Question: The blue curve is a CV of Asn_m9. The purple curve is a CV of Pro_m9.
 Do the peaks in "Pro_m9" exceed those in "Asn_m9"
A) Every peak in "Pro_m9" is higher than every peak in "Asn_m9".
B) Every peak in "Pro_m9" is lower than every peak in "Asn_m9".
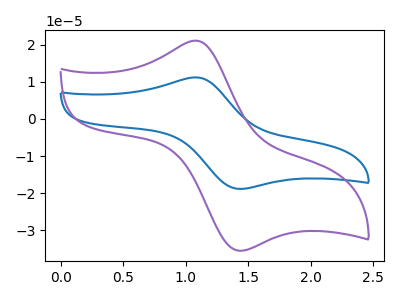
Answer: <think>The blue curve "Asn_m9" has an anodic peak at (1.10V, 11.20uA) and a cathodic peak at (1.45V, -18.85uA). The purple curve "Pro_m9" has an anodic peak at (1.10V, 21.05uA) and a cathodic peak at (1.45V, -35.45uA).</think>
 <answer>A) Every peak in "Pro_m9" is higher than every peak in "Asn_m9".</answer>
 <eval>A</eval>